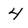
Character: 4